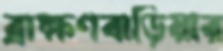
ব্রাক্ষণবাড়িয়ার